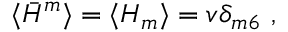
\langle \bar { H } ^ { m } \rangle = \langle H _ { m } \rangle = v \delta _ { m 6 } ~ ,